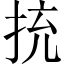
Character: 㧤